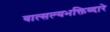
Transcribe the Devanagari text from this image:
वात्सल्यभक्तिव्दारे